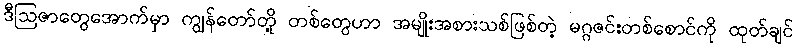
ဒီဩဇာတွေအောက်မှာ ကျွန်တော်တို့ တစ်တွေဟာ အမျိုးအစားသစ်ဖြစ်တဲ့ မဂ္ဂဇင်းတစ်စောင်ကို ထုတ်ချင်